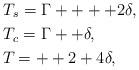
LaTeX: \begin{align*}&T_s = \Gamma++++2\delta,\\&T_c = \Gamma++\delta,\\&T_{} = + +2+4\delta,\end{align*}